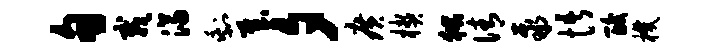
甸栽济剩哉夕广楔狱倩聚悟酸机